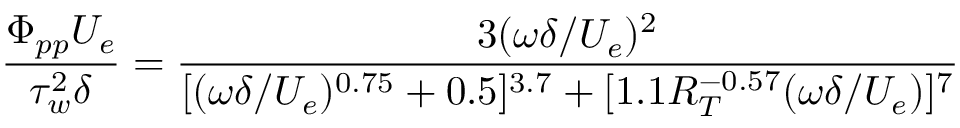
\frac { \Phi _ { p p } U _ { e } } { \tau _ { w } ^ { 2 } \delta } = \frac { 3 ( \omega \delta / U _ { e } ) ^ { 2 } } { [ ( \omega \delta / U _ { e } ) ^ { 0 . 7 5 } + 0 . 5 ] ^ { 3 . 7 } + [ 1 . 1 R _ { T } ^ { - 0 . 5 7 } ( \omega \delta / U _ { e } ) ] ^ { 7 } }